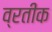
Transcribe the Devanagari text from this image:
व्रतीक